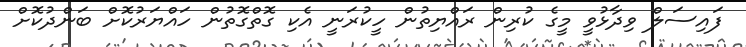
ފައިސަލް ވިދާޅުވީ މީގެ ކުރިން ރައްޔިތުން ހީކުރަނީ އެކި ގޮތްގޮތުން ހައްޔަރުކޮށް ބަންދުކޮށް